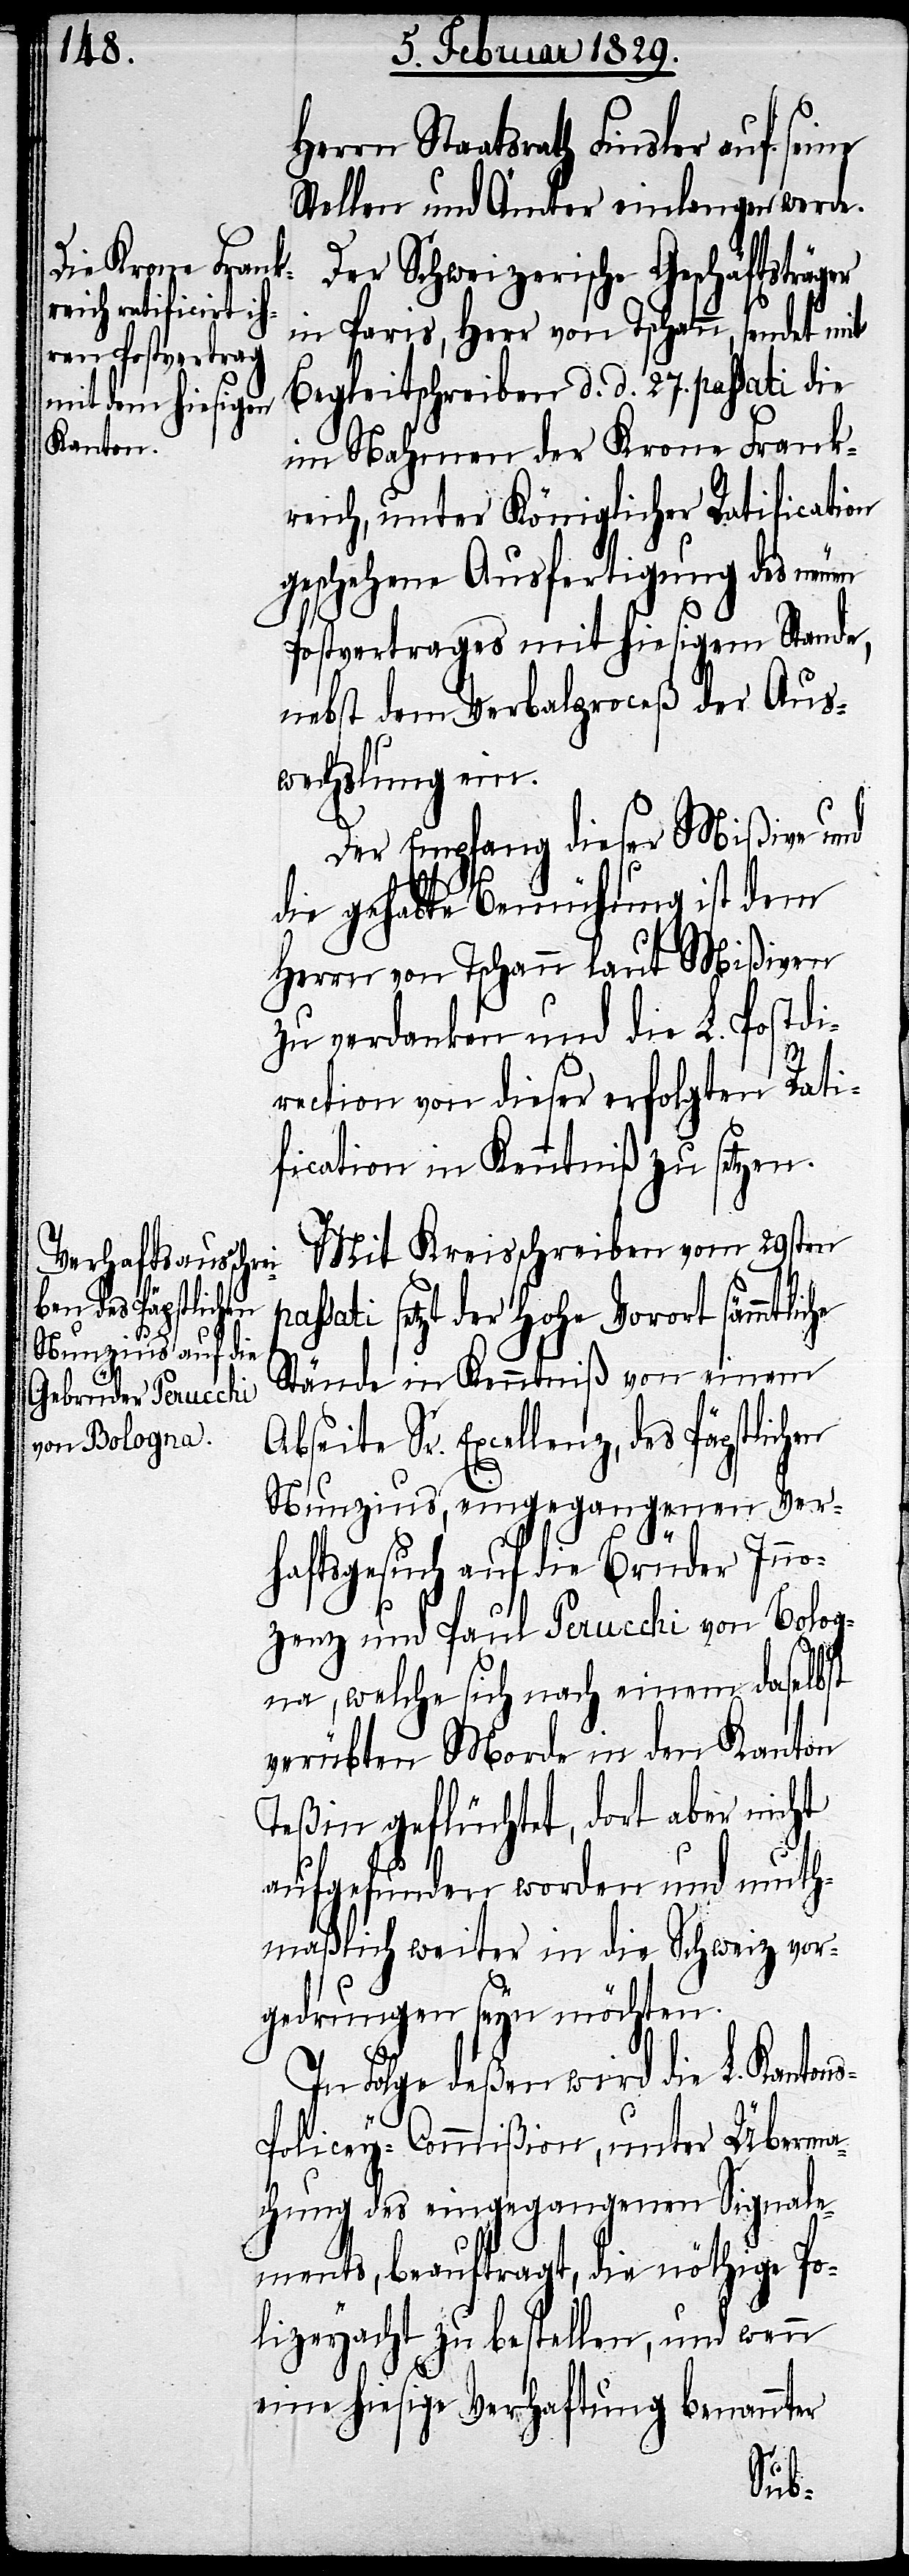
Herrn Staatsrath Finsler auf
Stellen und Ämter einlangen werde.
Der Schweizerische Geschäftsträ¬
in Paris, Herr von Tschann, sendet mit
Begleitschreiben d. d. 27. passati die
im Nahmen der Krone Frank¬
reich, unter Königlicher Ratification
geschehene Ausfertigung des neuen
Postvertrages mit hiesigem Stande,
nebst dem Verbalproceß der Aus¬
wechslung ein.
Der Empfang dieser Mißive und
die gehabte Bemühung ist dem
Herrn von Tschann laut Mißiven
zu verdanken und die L. Postdi¬
ger
rection von dieser erfolgten Rati¬
fication in Kenntniß zu setzen.
Mit Kreisschreiben vom 29sten
des Päpstlichen
sati setzt der Hohe Vorort sämmtlic¬
Stände in Kenntniß von einem
Nunzius, eingegangenen Ver¬
haftsgesuch auf die Brüder Inno¬
zenz und Paul Perucchi von Bolog¬
na, welche sich nach einem daselbst
verübten Morde in den Kanton
Teßin geflüchtet, dort aber nicht
aufgefunden worden und muth¬
maßlich weiter in die Schweiz vor¬
gedrungen seyn möchten.
In Folge deßen wird die L. Kan¬
olicey-Commißion, unter Überma¬
chung des eingegangenen Signale¬
ments, beauftragt, die nöthige Po¬
lizeyacht zu bestellen, und wenn
eine hiesige Verhaftung benannter
Sr.
tons-P¬